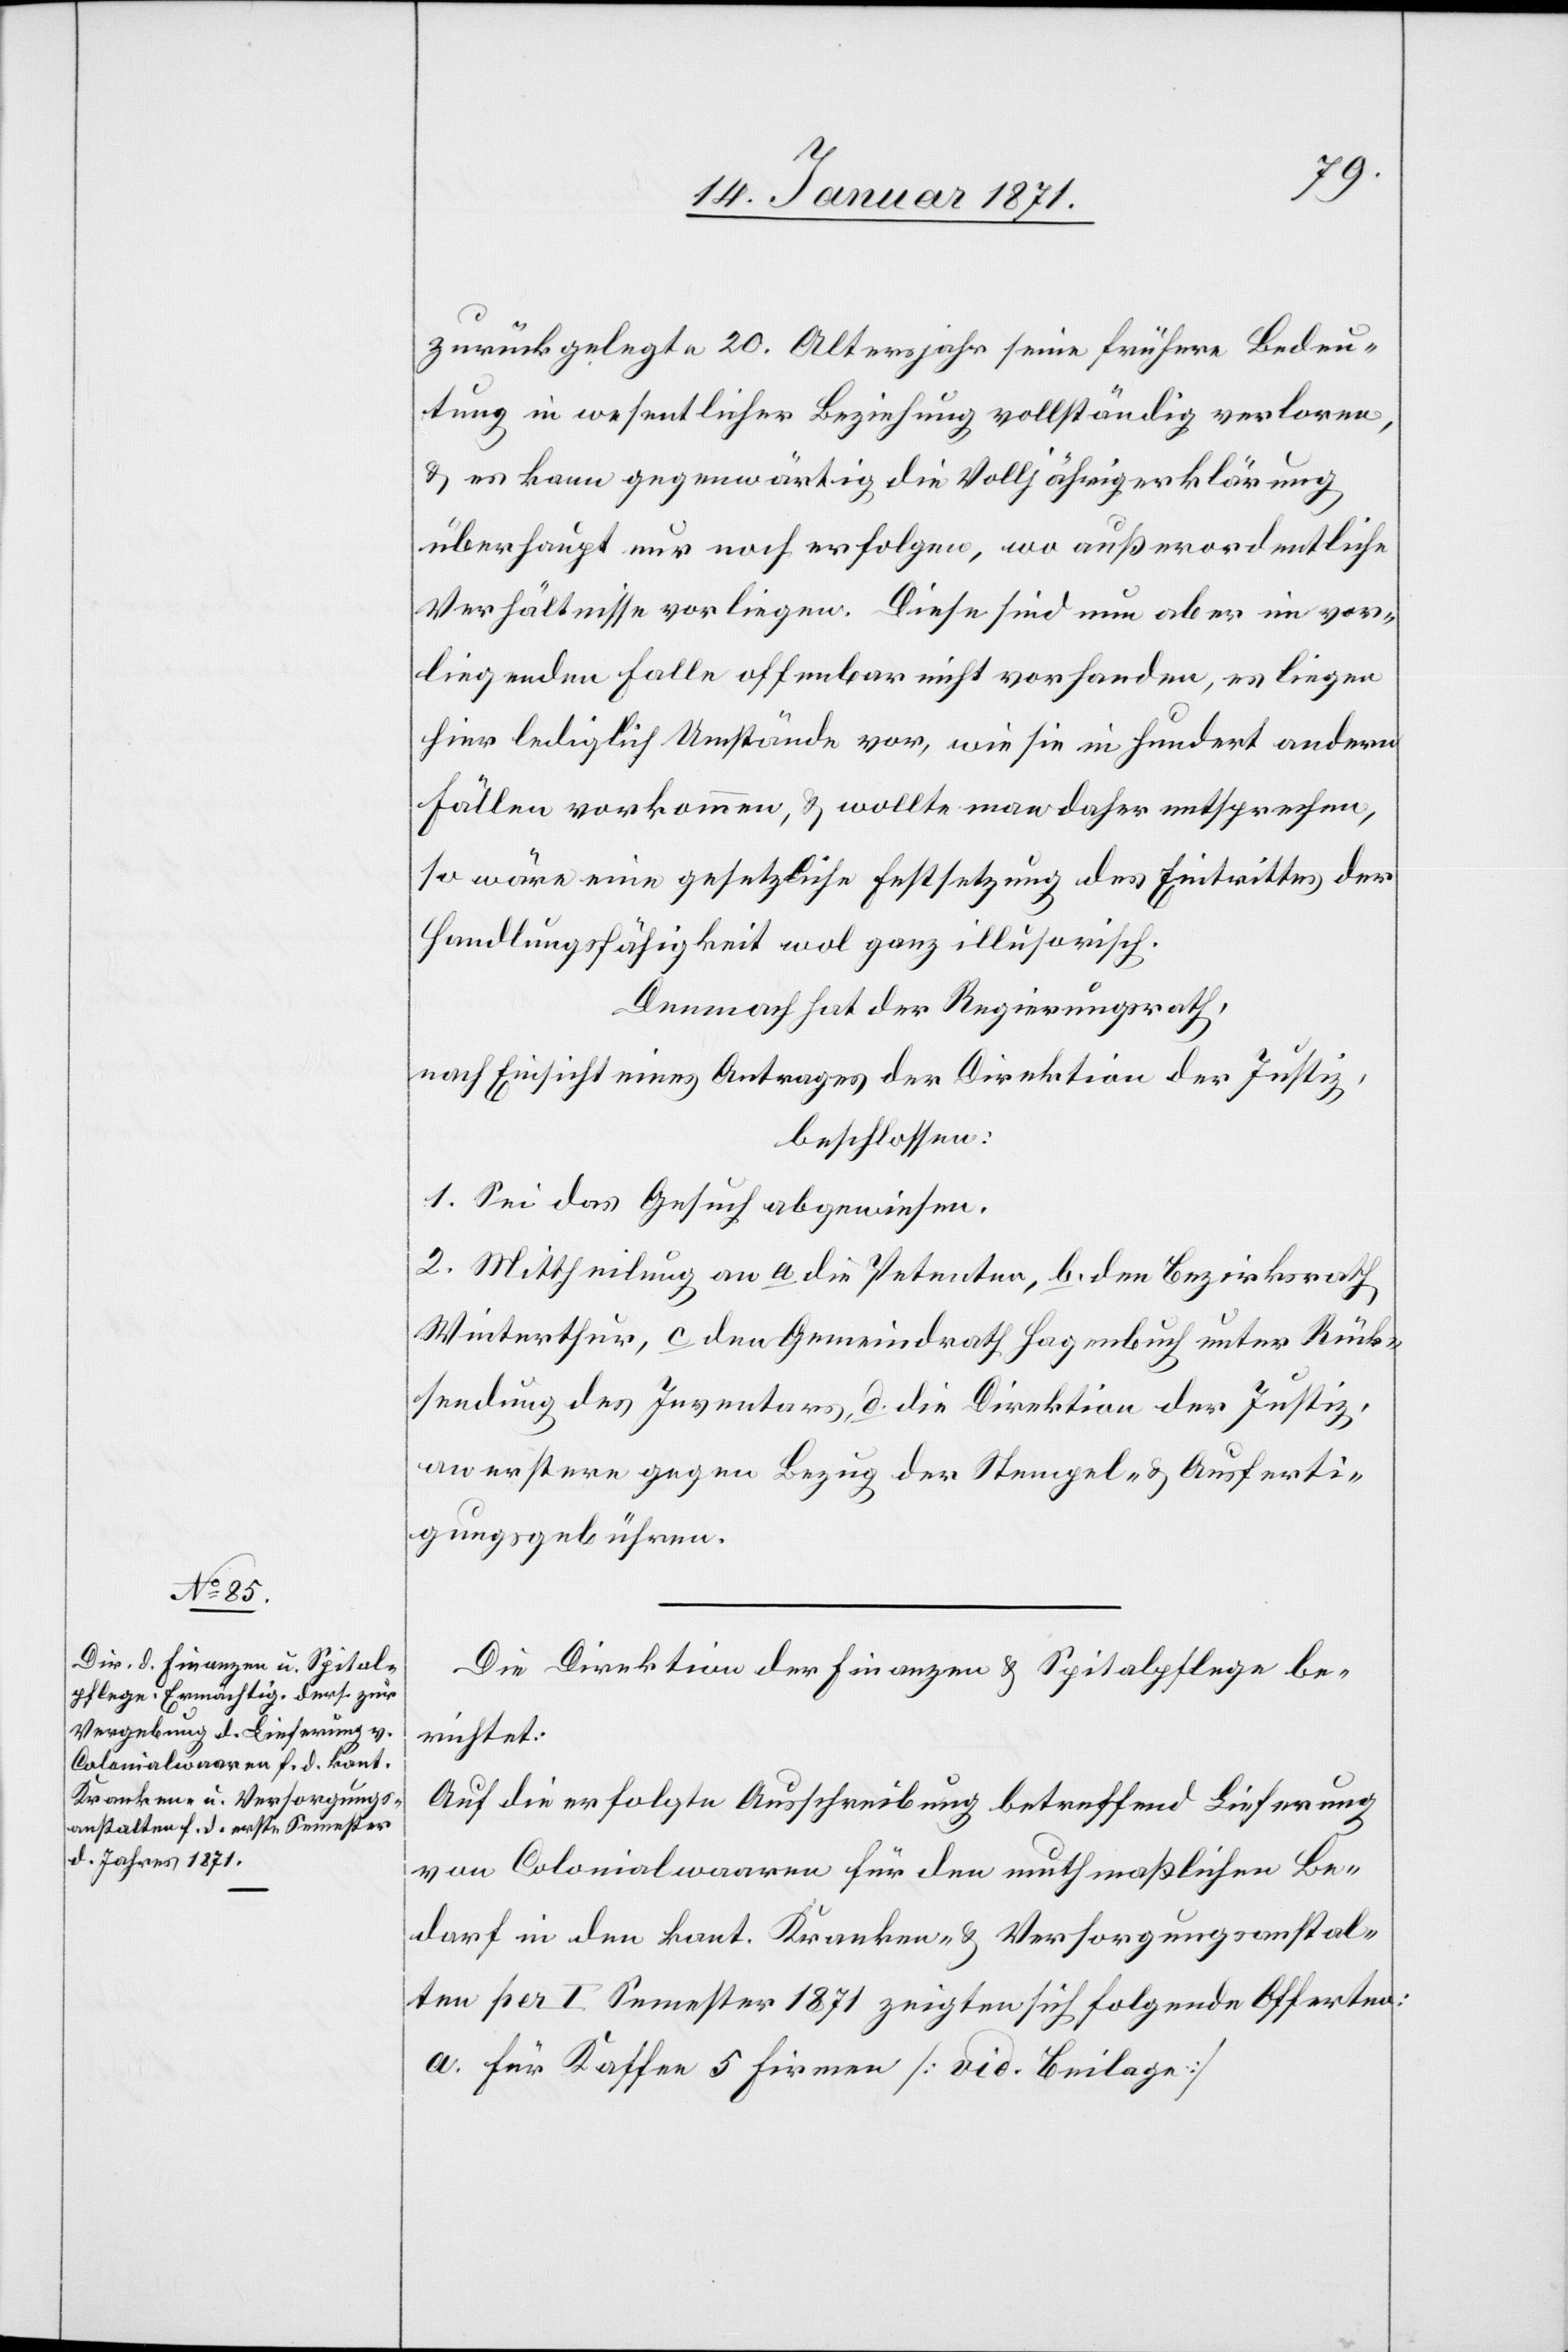
zurückgelegte 20. Altersjahr seine frühere Bedeu¬
tung in wesentlicher Beziehung vollständig verloren,
u. es kann gegenwärtig die Volljährigerklärung
überhaupt nur noch erfolgen, wo außerordentliche
Verhältnisse vorliegen. Diese sind nun aber im vor¬
liegenden Falle offenbar nicht vorhanden, es liegen
hier lediglich Umstände vor, wie sie in Hundert andern
Fällen vorkommen, u. wollte man daher entsprechen,
so wäre eine gesetzliche Festsetzung des Eintrittes der
Handlungsfähigkeit wol ganz illusorisch.
Demnach hat der Regierungsrath,
nach Einsicht eines Antrages der Direktion der Justiz,
beschlossen:
1. Sei das Gesuch abgewiesen.
2. Mittheilung an a die Petenten, b. den Bezirksrath
Winterthur, c den Gemeindrath Hagenbuch unter Rück¬
sendung des Inventars, d. die Direktion der Justiz,
an erstere gegen Bezug der Stempel- u. Ausferti¬
gungsgebühren.
Die Direktion der Finanzen u. Spitalspflege be¬
richtet:
Auf die erfolgte Ausschreibung betreffend Lieferung
von Colonialwaaren für den muthmaßlichen Be¬
darf in den kant. Kranken- u. Versorgungsanstal¬
ten per I Semester 1871 zeigten sich folgende Offerten: